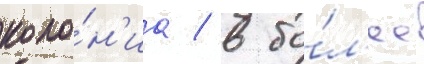
коло́н'иа / в бо́л'ее